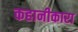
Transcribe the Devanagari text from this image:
कहानीकारा